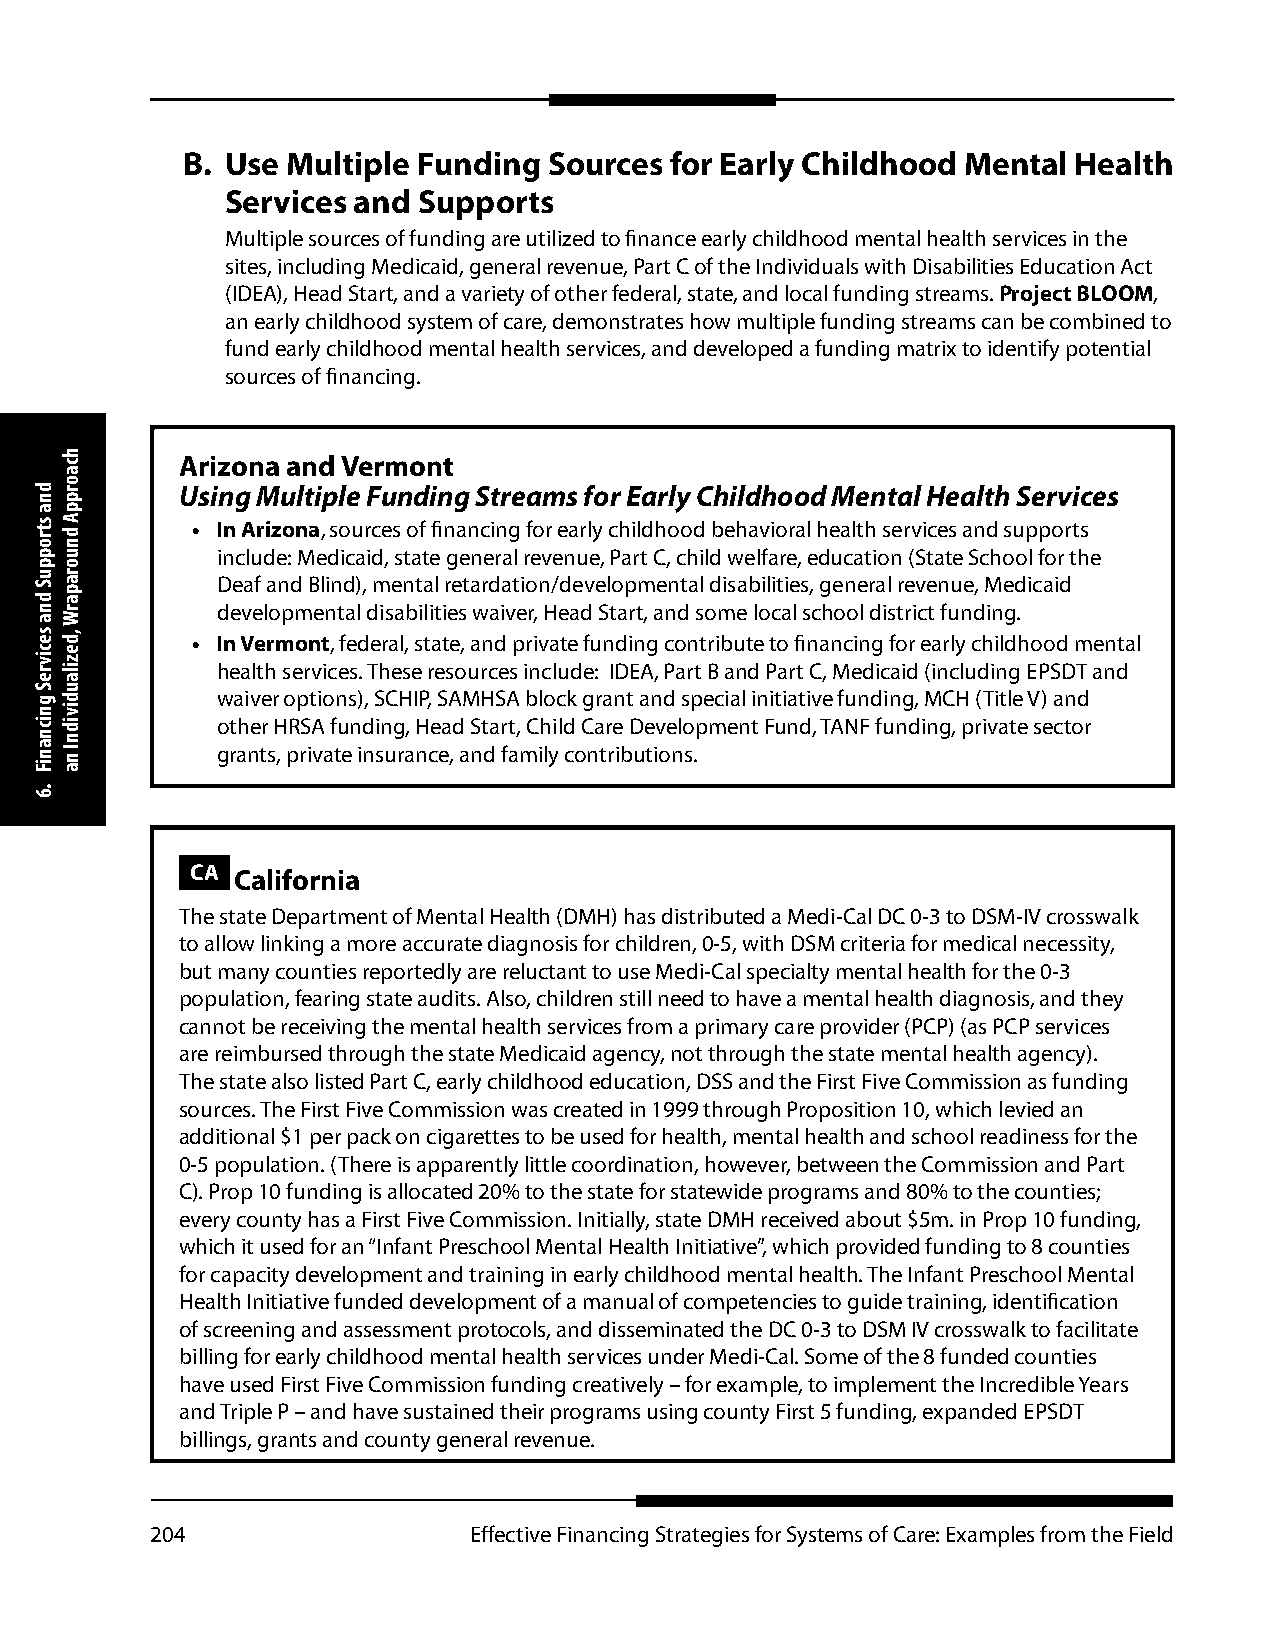
B. Use Multiple Funding Sources for Early Childhood Mental Health
 Services and Supports
 Multiple sources of funding are utilized to finance early childhood mental health services in the
 sites, including Medicaid, general revenue, Part C of the Individuals with Disabilities Education Act
 (IDEA), Head Start, and a variety of other federal, state, and local funding streams. Project BLOOM,
 an early childhood system of care, demonstrates how multiple funding streams can be combined to
 fund early childhood mental health services, and developed a funding matrix to identify potential
 sources of financing.
 Arizona and Vermont
 Using Multiple Funding Streams for Early Childhood Mental Health Services
 • In Arizona, sources of financing for early childhood behavioral health services and supports
 include: Medicaid, state general revenue, Part C, child welfare, education (State School for the
 Deaf and Blind), mental retardation/developmental disabilities, general revenue, Medicaid
 developmental disabilities waiver, Head Start, and some local school district funding.
 • In Vermont, federal, state, and private funding contribute to financing for early childhood mental
 health services. These resources include: IDEA, Part B and Part C, Medicaid (including EPSDT and
 waiver options), SCHIP, SAMHSA block grant and special initiative funding, MCH (Title V) and
 other HRSA funding, Head Start, Child Care Development Fund, TANF funding, private sector
 grants, private insurance, and family contributions.
 CA California
 The state Department of Mental Health (DMH) has distributed a Medi-Cal DC 0-3 to DSM-IV crosswalk
 to allow linking a more accurate diagnosis for children, 0-5, with DSM criteria for medical necessity,
 but many counties reportedly are reluctant to use Medi-Cal specialty mental health for the 0-3
 population, fearing state audits. Also, children still need to have a mental health diagnosis, and they
 cannot be receiving the mental health services from a primary care provider (PCP) (as PCP services
 are reimbursed through the state Medicaid agency, not through the state mental health agency).
 The state also listed Part C, early childhood education, DSS and the First Five Commission as funding
 sources. The First Five Commission was created in 1999 through Proposition 10, which levied an
 additional $1 per pack on cigarettes to be used for health, mental health and school readiness for the
 0-5 population. (There is apparently little coordination, however, between the Commission and Part
 C). Prop 10 funding is allocated 20% to the state for statewide programs and 80% to the counties;
 every county has a First Five Commission. Initially, state DMH received about $5m. in Prop 10 funding,
 which it used for an “Infant Preschool Mental Health Initiative”, which provided funding to 8 counties
 for capacity development and training in early childhood mental health. The Infant Preschool Mental
 Health Initiative funded development of a manual of competencies to guide training, identification
 of screening and assessment protocols, and disseminated the DC 0-3 to DSM IV crosswalk to facilitate
 billing for early childhood mental health services under Medi-Cal. Some of the 8 funded counties
 have used First Five Commission funding creatively – for example, to implement the Incredible Years
 and Triple P – and have sustained their programs using county First 5 funding, expanded EPSDT
 billings, grants and county general revenue.
 204                  Effective Financing Strategies for Systems of Care: Examples from the Field
 dna
 stroppuS
 dna
 secivreS
 gnicnaniF
 .6
 hcaorppA
 dnuoraparW
 ,dezilaudividnI
 na